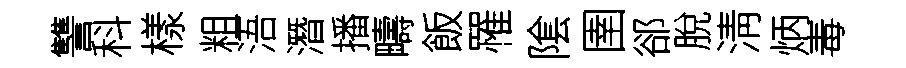
讐科樣粗浯潛播疇飯罹隂圉郤脫淸炳毒